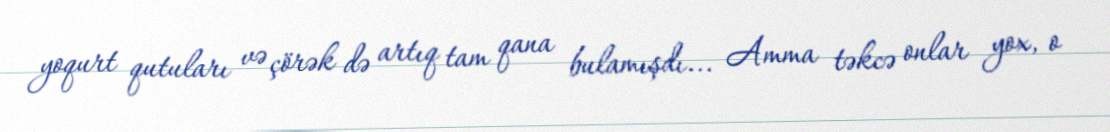
yoqurt qutuları və çörək də artıq tam qana bulamışdı... Amma təkcə onlar yox, o